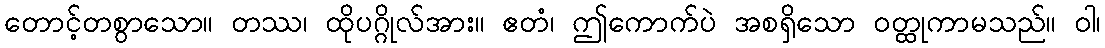
တောင့်တစွာသော။ တဿ၊ ထိုပဂ္ဂိုလ်အား။ ဧတံ၊ ဤကောက်ပဲ အစရှိသော ဝတ္ထုကာမသည်။ ဝါ၊